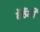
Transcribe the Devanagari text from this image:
बैठेंगी